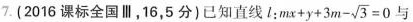
7.(2016课标全国Ⅲ，16，5分)已知直线l:$$m x + y + 3 m - \sqrt { 3 } = 0$$与